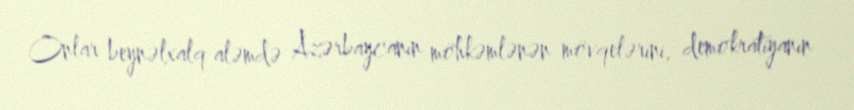
Onlar beynəlxalq aləmdə Azərbaycanın möhkəmlənən mövqelərini, demokratiyanın